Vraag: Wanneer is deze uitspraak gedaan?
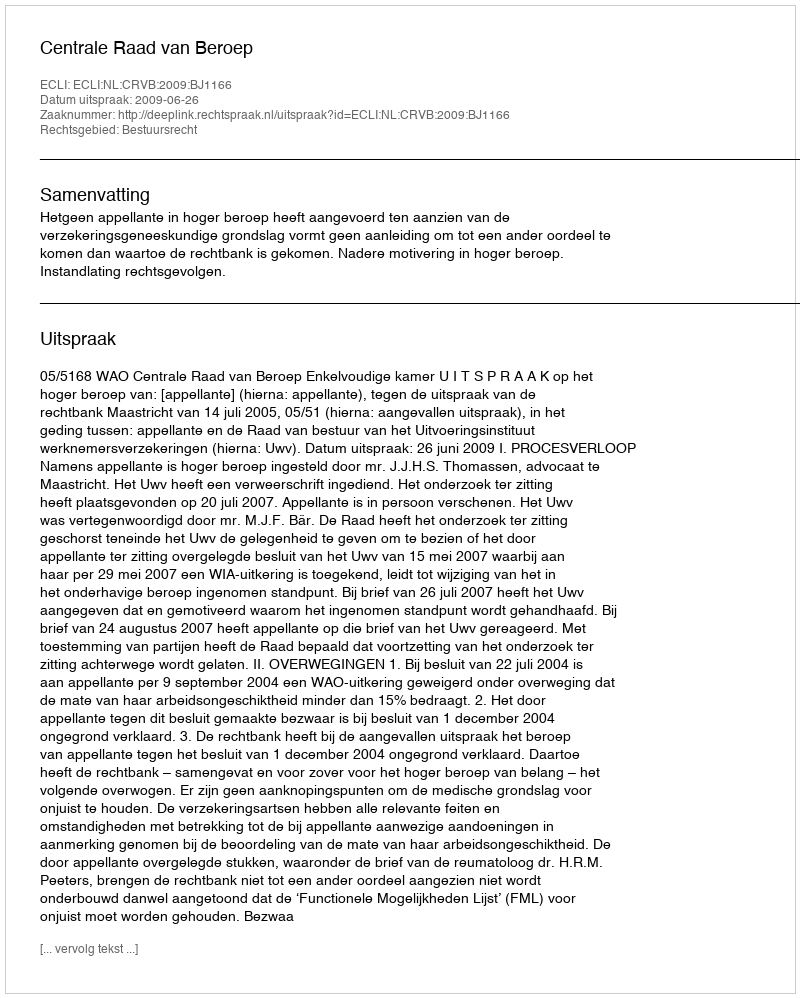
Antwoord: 2009-06-26